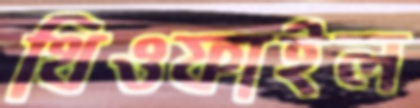
থিওফাইল